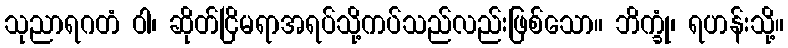
သုညာရဂတံ ဝါ၊ ဆိုတ်ငြိမရာအရပ်သို့ကပ်သည်လည်းဖြစ်သော။ ဘိက္ခုံ၊ ရဟန်းသို့။